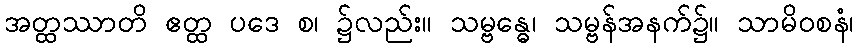
အတ္ထဿာတိ ဧတ္ထ ပဒေ စ၊ ၌လည်း။ သမ္ဗန္ဓေ၊ သမ္ဗန်အနက်၌။ သာမိဝစနံ၊